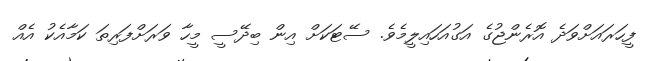
ފީހަރައަށްވަދެ އޮރެންޖުގެ އަގުއަހައިލީމެވެ. ސޭޓަކަށް އިން ބިދޭސީ މީހާ ވަރަށްފަރިތަ ކަމާއެކު އެއް